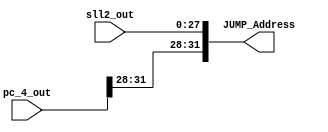
module concatenation(sll2_out,pc_4_out,JUMP_Address);
  input [27:0]sll2_out;
  input [31:0] pc_4_out;
  output [31:0]JUMP_Address;
  wire [3:0] most_sign ;
  assign most_sign = pc_4_out[31:28];
  assign JUMP_Address[31:28]= most_sign;
  assign JUMP_Address[27:0]= sll2_out;
endmodule